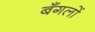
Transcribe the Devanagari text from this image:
बँगलों